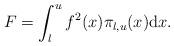
LaTeX: \begin{align*}F=\int_{l}^{u}f^{2}(x)\pi_{l,u}(x)\mathrm{d}x.\end{align*}